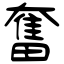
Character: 奮